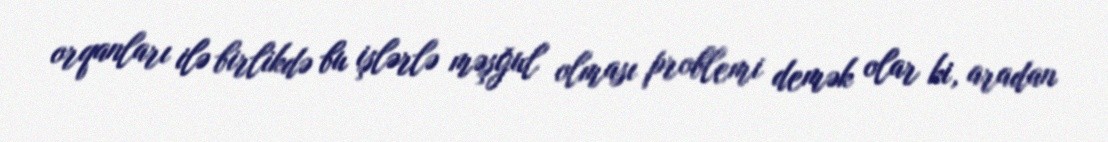
orqanları ilə birlikdə bu işlərlə məşğul olması problemi demək olar ki, aradan